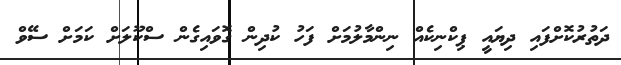
ދަތުރުކޮށްފައި ދިޔައީ ޕިކްނިކެއް ނިންމާލުމަށް ފަހު ކުދިން ގޮވައިގެން ސްކޫލަށް ކަމަށް ސޭވް